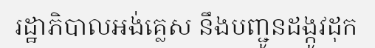
រដ្ឋាភិបាលអង់គ្លេស នឹងបញ្ជូនដង្កូវដុក